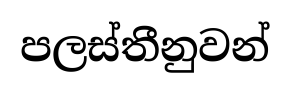
පලස්තීනුවන්